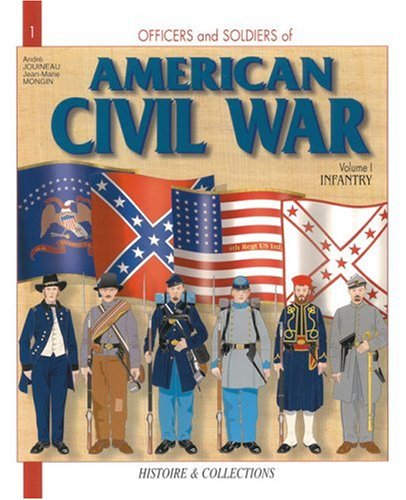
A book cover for Officers and Soldiers of the American Civil War, Vol. 1: Infantry; Andre Jouineau; History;